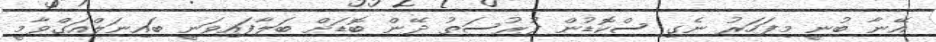
އޭނާ ބުނީ މިފަހަރު ނެގި ސްކޮޑުން ފުރުސަތު ދޭން ބޮޑަށް ބަލާފައިވަނީ ބައިނަލްއަގްވާމީ